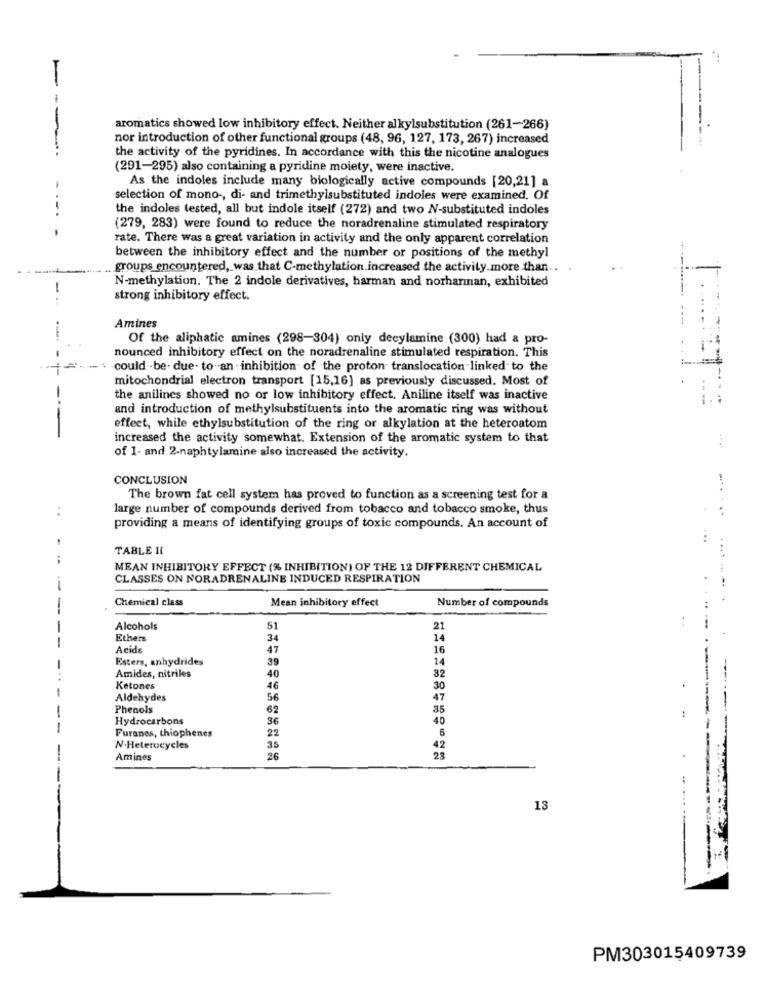
-
aromatics showed low inhibitory effect. Neither alkylsubstitution (261-266)
nor introduction of other functional groups (48, 96, 127, 173, 267) increased
--.
the activity of the pyridines. In accordance with this the nicotine analogues
(291-295) also containing a pyridine moiety, were inactive.
As the indoles include many biologically active compounds [20,21] a
-
selection of mono -, di- and trimethylsubstituted indoles were examined. Of
the indoles tested, all but indole itself (272) and two NV-substituted indoles
.-.
-
(279, 283) were found to reduce the noradrenaline stimulated respiratory
rate. There was a great variation in activity and the only apparent correlation
between the inhibitory effect and the number or positions of the methyl
groups encountered, was that C-methylation increased the activity.more than ..
N-methylation. The 2 indole derivatives, harman and norharman, exhibited
strong inhibitory effect.
Amines
Of the aliphatic amines (298-304) only decylamine (300) had a pro-
nounced inhibitory effect on the noradrenaline stimulated respiration. This
- . could be. due. to an - inhibition of the proton translocation linked to the
-
mitochondrial electron transport [15,16] as previously discussed. Most of
-
the anilines showed no or low inhibitory effect. Aniline itself was inactive
1.
and introduction of methylsubstituents into the aromatic ring was without
effect, while ethylsubstitution of the ring or alkylation at the heteroatom
increased the activity somewhat. Extension of the aromatic system to that
- -
of 1- and 2-naphtylamine also increased the activity.
CONCLUSION
The brown fat cell system has proved to function as a screening test for a
..
large number of compounds derived from tobacco and tobacco smoke, thus
providing a means of identifying groups of toxic compounds. An account of
TABLE II
MEAN INHIBITORY EFFECT (% INHIBITION) OF THE 12 DIFFERENT CHEMICAL
CLASSES ON NORADRENALINE INDUCED RESPIRATION
Chemical class
Mean inhibitory effect
Number of compounds
Alcohols
51
21
Ethers
34
14
Acids
47
16
Esters, anhydrides
39
14
Amides, nitriles
40
32
Ketones
46
30
Aldehydes
56
47
Phenols
62
35
:
Hydrocarbons
36
40
Furanos, thiophenes
22
6
N.Heterocycles
35
42
Amines
26
28
13
PM303015409739